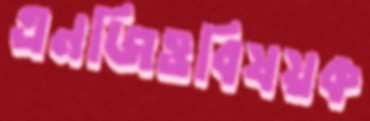
এনজিওবিষয়ক